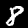
Digit: 8